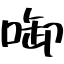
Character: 啣